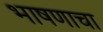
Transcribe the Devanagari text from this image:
भाषणाचा